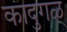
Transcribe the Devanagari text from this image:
कादुगळ्